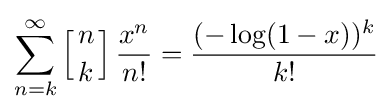
\sum _{n=k}^{\infty }\left[{n \atop k}\right]{\frac {x^{n}}{n!}}={\frac {(-\log(1-x))^{k}}{k!}}